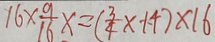
1 6 \times \frac { 9 } { 1 6 } x = ( \frac { 3 } { 4 } \times 1 4 ) \times 1 6